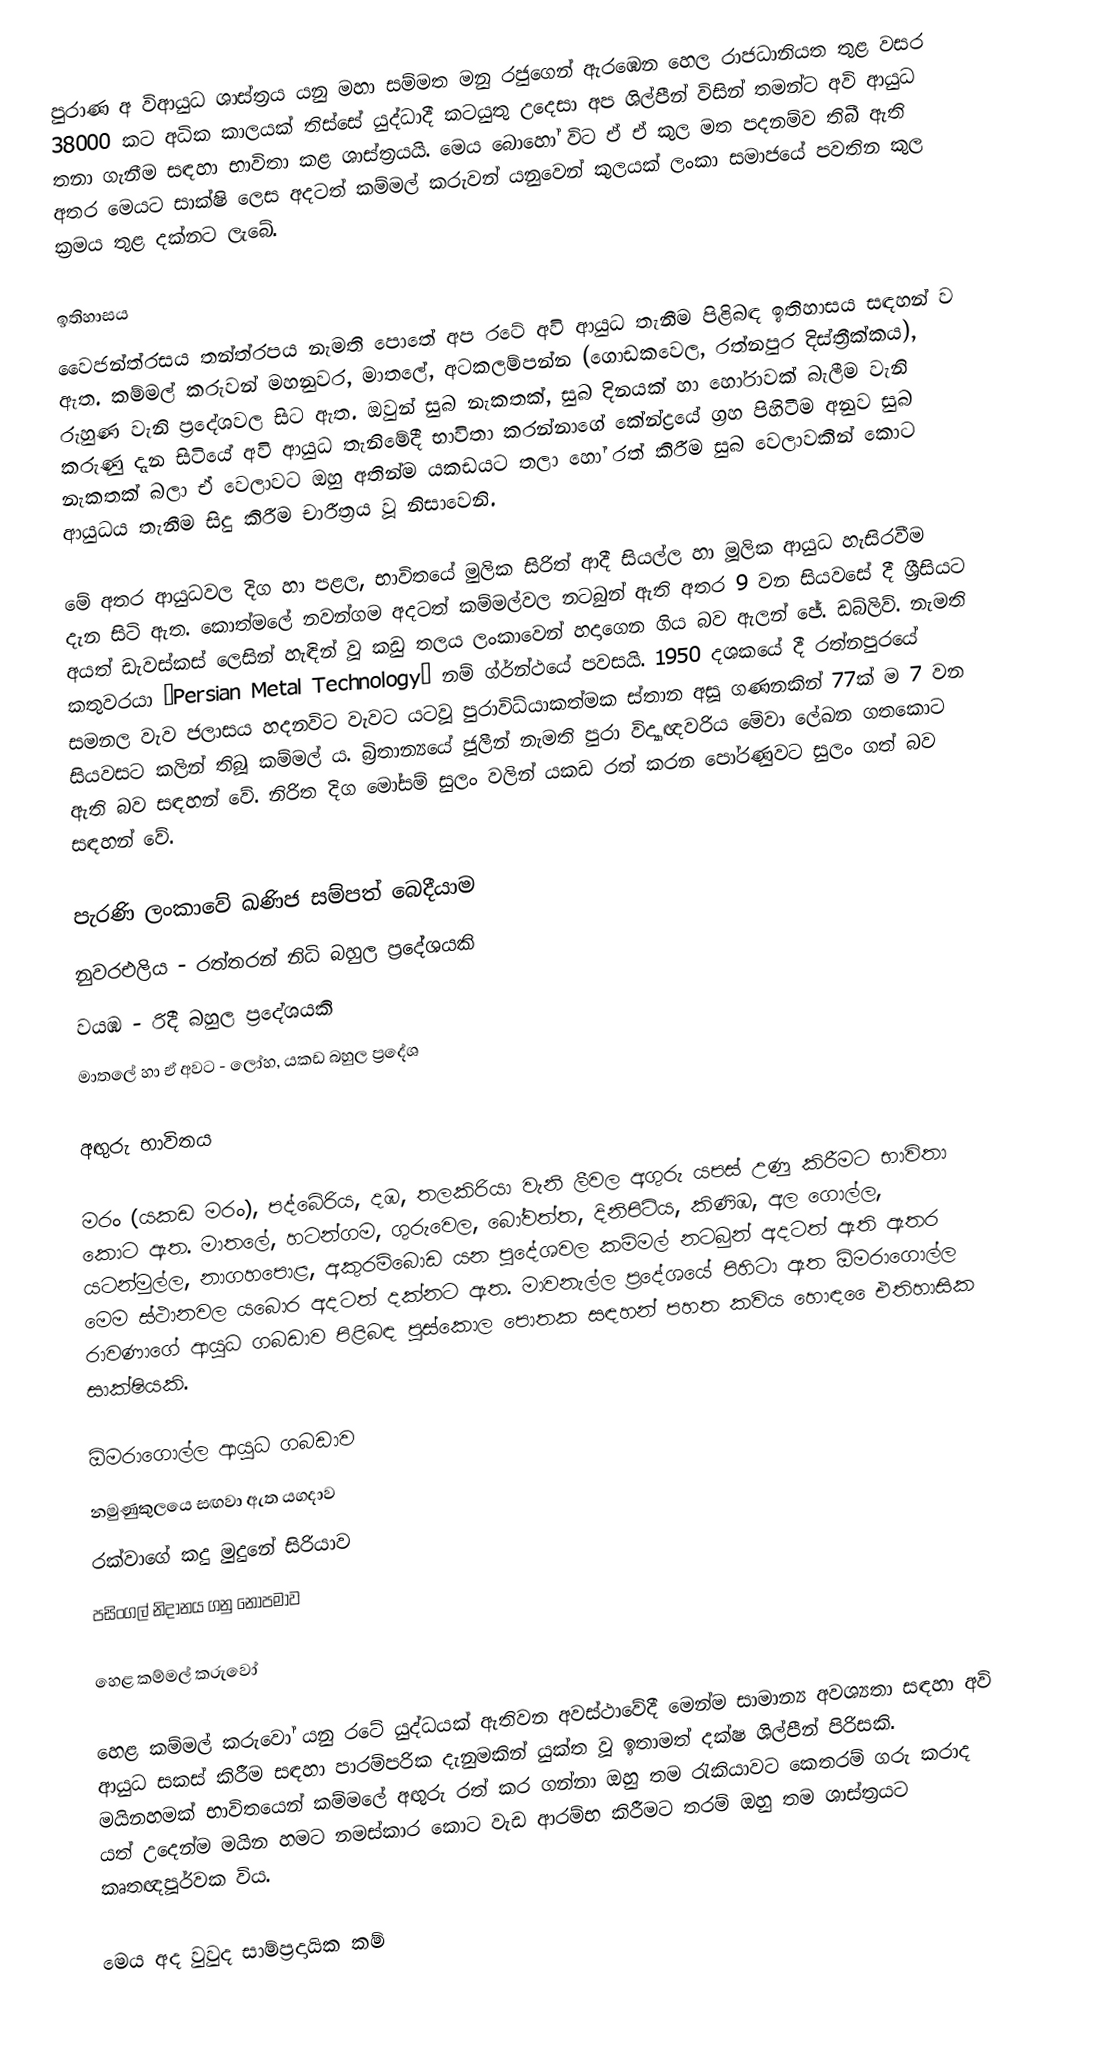
පුරාණ අ විආයුධ ශාස්ත්‍රය යනු මහා සම්මත මනු රජුගෙන් ඇරඹෙන හෙල රාජධානියත තුළ වසර 38000 කට අධික කාලයක් තිස්සේ යුද්ධාදී කටයුතු උදෙසා අප ශිල්පීන් විසින් තමන්ට අවි ආයුධ තනා ගැනීම සඳහා භාවිතා කළ ශාස්ත්‍රයයි. මෙය බොහෝ විට ඒ ඒ කුල මත පදනම්ව තිබී ඇති අතර මෙයට සාක්ෂි ලෙස අදටත් කම්මල් කරුවන් යනුවෙන් කුලයක් ලංකා සමාජයේ පවතින කුල ක්‍රමය තුළ දක්නට ලැබේ.

ඉතිහාසය
වෛජන්ත්රසය තන්ත්රපය නැමති පොතේ අප රටේ අවි ආයුධ තැනීම පිළිබඳ ඉතිහාසය සඳහන් ව ඇත. කම්මල් කරුවන් මහනුවර, මාතලේ, අටකලම්පන්න (ගොඩකවෙල, රත්නපුර දිස්ත්‍රීක්කය), රුහුණ වැනි ප්‍රදේශවල සිට ඇත. ඔවුන් සුබ නැකතක්, සුබ දිනයක් හා හෝරාවක් බැලීම වැනි කරුණු දැන සිටියේ අවි ආයුධ තැනිමේදී භාවිතා කරන්නාගේ කේන්ද්‍රයේ ග්‍රහ පිහිටීම අනුව සුබ නැකතක් බලා ඒ වෙලාවට ඔහු අතින්ම යකඩයට තලා හෝ රත් කිරීම සුබ වෙලාවකින් කොට ආයුධය තැනීම සිදු කිරීම චාරීත්‍රය වූ නිසාවෙනි.

මේ අතර ආයුධවල දිග හා පළල, භාවිතයේ මුලික සිරිත් ආදී සියල්ල හා මූලික ආයුධ හැසිරවීම දැන සිටි ඇත. කොත්මලේ නවන්ගම අදටත් කම්මල්වල නටබුන් ඇති අතර 9 වන සියවසේ දී ශ්‍රීසියට අයත් ඩැවස්කස් ලෙසින් හැඳින් වූ කඩු තලය  ලංකාවෙන් හදාගෙන ගිය බව ඇලන් ජේ. ඩබ්ලිව්. නැමති කතුවරයා “Persian Metal Technology” නම් ග්ර්න්ථයේ පවසයි. 1950 දශකයේ දී රත්නපුරයේ සමනල වැව ජලාසය හදනවිට වැවට යටවූ පුරාවිධ්යාකත්මක ස්තාන අසූ ගණනකින් 77ක් ම 7 වන සියවසට කලින් තිබූ කම්මල් ය. බ්‍රිතාන්‍යයේ ජූලීන් නැමති පුරා විද්‍යාඥවරිය මේවා ලේඛන ගතකොට ඇති බව සඳහන් වේ. නිරිත දිග මෝසම් සුලං වලින් යකඩ රත් කරන පෝරණුවට සුලං ගත් බව සඳහන් වේ.

පැරණි ලංකාවේ ඛණිජ සම්පත් බෙදීයාම
 නුවරඑලිය - රත්තරන් නිධි බහුල ප්‍රදේශයකි
 වයඹ - රිදී බහුල ප්‍රදේශයකි
 මාතලේ හා ඒ අවට - ලෝහ, යකඩ බහුල ප්‍රදේශ

අඟුරු භාවිතය

මරං (යකඩ මරං), පද්බේරිය, දඹ, තලකිරියා වැනි ලීවල අගුරු යපස් උණු කිරීමට ‍භාවිතා කොට ඇත. මාතලේ, හටන්ගම, ගුරුවෙල, බෝවත්ත, දිනිපිටිය, කිණිඹ, අල ගොල්ල, යටන්මුල්ල, නාගහපොළ, අකුරම්බොඩ යන පුදේශවල කම්මල් නටබුන් අදටත් ඇති ඇතර මෙම ස්ථානවල යබොර අදටත් දක්නට ඇත. මාවනැල්ල ප්‍රදේශයේ පිහිටා ඇත ඕමරාගොල්ල රාවණාගේ  ආයුධ ගබඩාව පිළිබඳ පුස්කොල පොතක සඳහන් පහත කවිය හොඳ ‍‍ෛඑතිහාසික සාක්ෂියකි.

ඕමරාගොල්ල ආයුධ 	       ගබඩාව
නමුණුකුලයෙ සඟවා ඇත 	යගදාව
රක්වාගේ කදු මුදුනේ 	        සිරියාව
පසිංගල් නිදානය ගනු 	  නොපමාව

හෙළ කම්මල් කරුවෝ

හෙළ කම්මල් කරුවෝ යනු රටේ යුද්ධයක් ඇතිවන අවස්ථාවේදී මෙන්ම සාමාන්‍ය අවශ්‍යතා සඳහා අවි ආයුධ සකස් කිරීම සඳහා පාරම්පරික දැනුමකින් යුක්ත වූ ඉතාමත් දක්ෂ ශිල්පීන් පිරිසකි. මයිනහමක් භාවිතයෙන් කම්මලේ අඟුරු රත් කර ගන්නා ඔහු තම රැකියාවට කෙතරම් ගරු කරාද යත් උදෙන්ම මයින හමට නමස්කාර කොට වැඩ ආරම්භ කිරීමට තරම් ඔහු තම ශාස්ත්‍රයට කෘතඥපූර්වක විය.

මෙය අද වුවුද සාම්ප්‍රදායික කම්